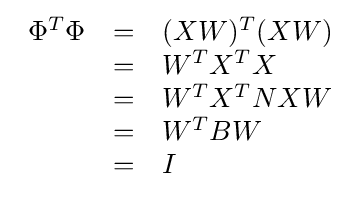
{\begin{array}{lll}\Phi ^{T}\Phi &=&(XW)^{T}(XW)\\&=&W^{T}X^{T}X\\&=&W^{T}X^{T}NXW\\&=&W^{T}BW\\&=&I\\\end{array}}